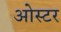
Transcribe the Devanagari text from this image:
ओस्टर